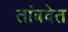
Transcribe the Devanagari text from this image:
तांबवेत